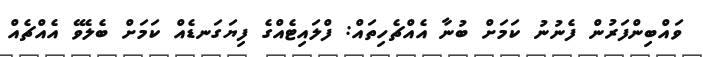
ވައްބިންފަރުން ފެނުނު ކަމަށް ބުނާ އެއްޗެހިތައް: ފްލައިޓެއްގެ ފިޔަގަނޑެއް ކަމަށް ބެލެވޭ އެއްޗެއް